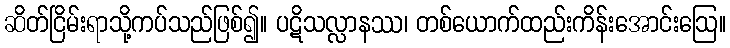
ဆိတ်ငြိမ်းရာသို့ကပ်သည်ဖြစ်၍။ ပဋိသလ္လာနဿ၊ တစ်ယောက်ထည်းကိန်းအောင်းဩေ။